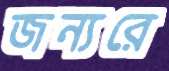
জন্যরে